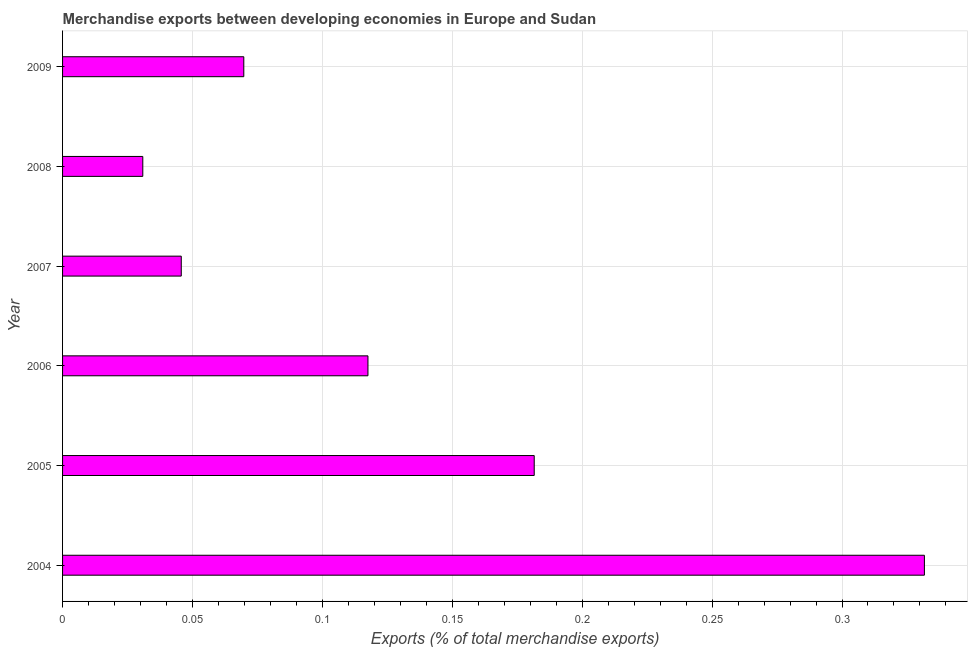
| Year | Merchandise Exports |
 | --- | --- |
 | 2004 | 0.332 |
 | 2005 | 0.182 |
 | 2006 | 0.118 |
 | 2007 | 0.0457 |
 | 2008 | 0.0309 |
 | 2009 | 0.0698 |